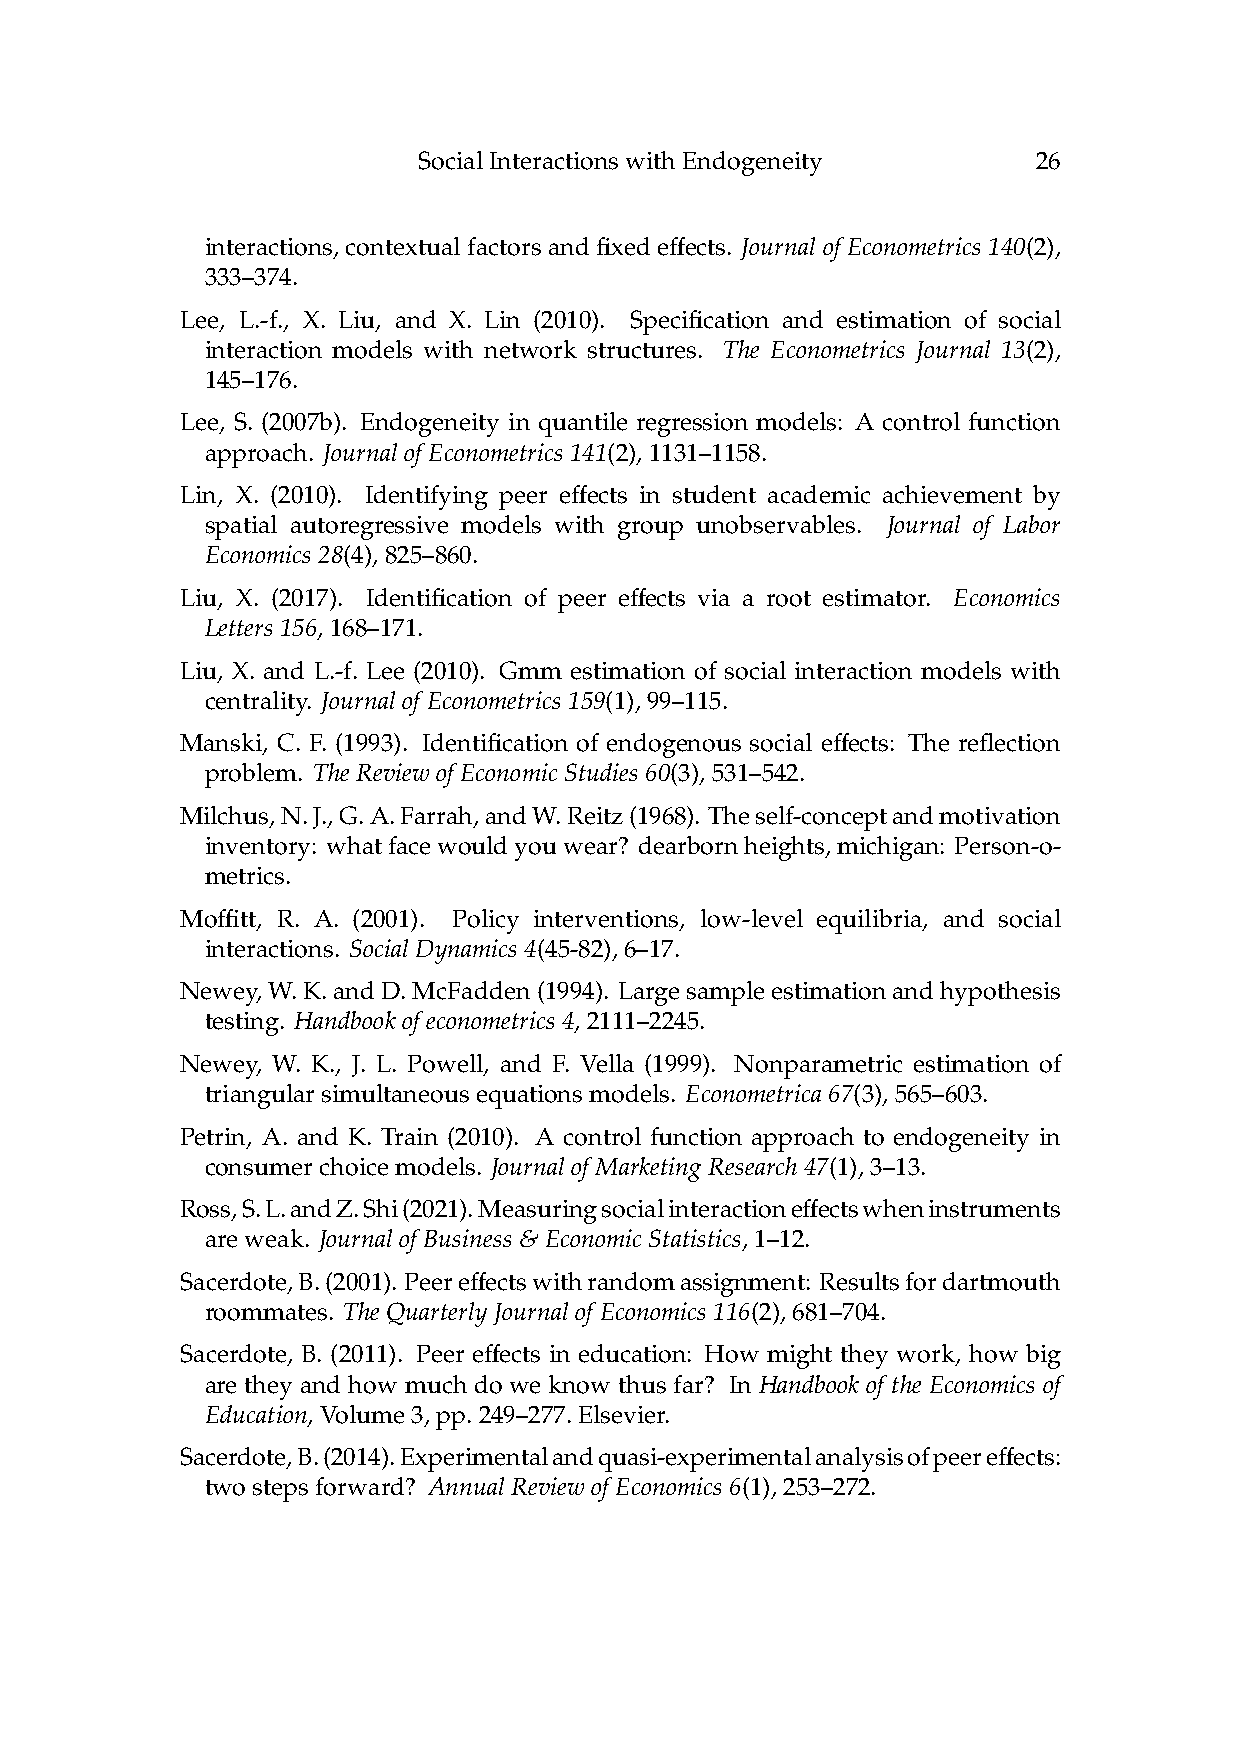
SocialInteractionswithEndogeneity        26
 ff
 interactions, contextual factorsand fixede ects. Journalof Econometrics140(2),
 333–374.
 Lee, L.-f., X. Liu, and X. Lin (2010). Specification and estimation of social
 interaction models with network structures. The Econometrics Journal 13(2),
 145–176.
 Lee, S. (2007b). Endogeneity in quantile regression models: A control function
 approach. JournalofEconometrics141(2),1131–1158.
 ff
 Lin, X. (2010). Identifying peer e ects in student academic achievement by
 spatial autoregressive models with group unobservables. Journal of Labor
 Economics28(4),825–860.
 ff
 Liu, X. (2017). Identification of peer e ects via a root estimator. Economics
 Letters156,168–171.
 Liu, X. and L.-f. Lee (2010). Gmm estimation of social interaction models with
 centrality. JournalofEconometrics159(1),99–115.
 ff
 Manski, C. F. (1993). Identification of endogenous social e ects: The reflection
 problem. TheReviewofEconomicStudies60(3),531–542.
 Milchus,N.J.,G.A.Farrah,andW.Reitz(1968). Theself-conceptandmotivation
 inventory: whatfacewouldyouwear? dearbornheights,michigan: Person-o-
 metrics.
 ffi
 Mo  tt, R. A. (2001). Policy interventions, low-level equilibria, and social
 interactions. SocialDynamics4(45-82),6–17.
 Newey,W.K.andD.McFadden(1994). Largesampleestimationandhypothesis
 testing. Handbookofeconometrics4,2111–2245.
 Newey, W. K., J. L. Powell, and F. Vella (1999). Nonparametric estimation of
 triangularsimultaneousequationsmodels. Econometrica67(3),565–603.
 Petrin, A. and K. Train (2010). A control function approach to endogeneity in
 consumerchoicemodels. JournalofMarketingResearch47(1),3–13.
 ff
 Ross,S.L.andZ.Shi(2021).Measuringsocialinteractione ectswheninstruments
 areweak. JournalofBusiness&EconomicStatistics,1–12.
 ff
 Sacerdote,B.(2001). Peere ectswithrandomassignment: Resultsfordartmouth
 roommates. TheQuarterlyJournalofEconomics116(2),681–704.
 ff
 Sacerdote, B. (2011). Peer e ects in education: How might they work, how big
 are they and how much do we know thus far? In Handbook of the Economics of
 Education,Volume3,pp.249–277.Elsevier.
 ff
 Sacerdote,B.(2014).Experimentalandquasi-experimentalanalysisofpeere ects:
 twostepsforward? AnnualReviewofEconomics6(1),253–272.